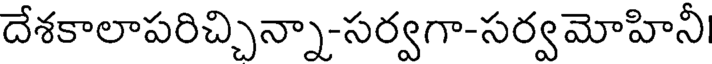
దేశకాలాపరిచ్చిన్నా-సర్వగా-సర్వమోహినీ